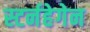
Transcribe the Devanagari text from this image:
स्टर्नहेगेन